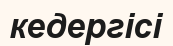
кедергісі